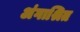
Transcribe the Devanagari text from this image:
अंगाश्रित